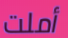
أملت